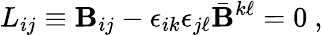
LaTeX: L_{ij}\equiv\mathbf{B}_{ij}-\epsilon_{ik}\epsilon_{j\ell}\bar{{\mathbf{B}}}^{k\ell}=0\ ,